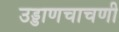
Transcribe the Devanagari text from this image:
उड्डाणचाचणी